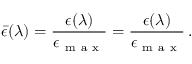
\bar { \epsilon } ( \lambda ) = \frac { \epsilon ( \lambda ) } { \epsilon _ { \mathrm { ~ m ~ a ~ x ~ } } } = \frac { \epsilon ( \lambda ) } { \epsilon _ { \mathrm { ~ m ~ a ~ x ~ } } } \, .